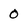
Character: 0